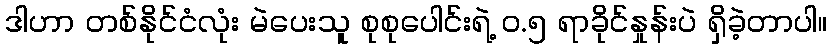
ဒါဟာ တစ်နိုင်ငံလုံး မဲပေးသူ စုစုပေါင်းရဲ့ ၀.၅ ရာခိုင်နှုန်းပဲ ရှိခဲ့တာပါ။